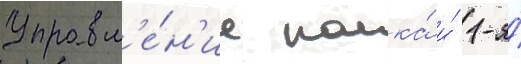
Управл'е́н'ие полка́ и́ 1-я́